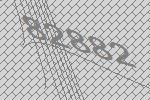
82882